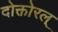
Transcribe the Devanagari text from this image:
दोक्तोरल्